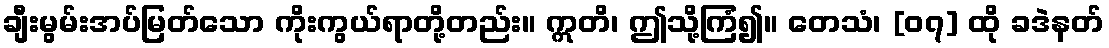
ချီးမွမ်းအပ်မြတ်သော ကိုးကွယ်ရာတို့တည်း။ ဣတိ၊ ဤသို့ကြံ၍။ တေသံ၊ [၀၇] ထို ခဒဲနတ်